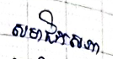
សមាជិកសភា